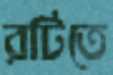
রটিতে